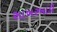
સાખરખાડી